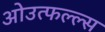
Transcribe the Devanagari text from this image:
ओउत्फल्ल्स